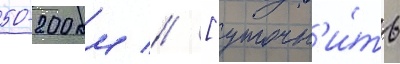
50-200 км // [уточн'и́ть